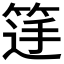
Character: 𮅚